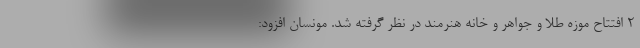
۲ افتتاح موزه طلا و جواهر و خانه هنرمند در نظر گرفته شد. مونسان افزود: